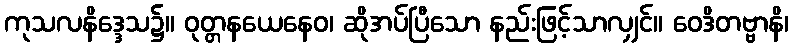
ကုသလနိဒ္ဒေသ၌။ ဝုတ္တနယေနေဝ၊ ဆိုအပ်ပြီသော နည်းဖြင့်သာလျှင်။ ဝေဒိတဗ္ဗာနိ၊